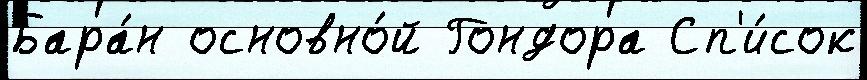
Бара́н основно́й Гондора Сп'и́сок